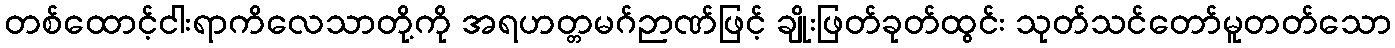
တစ်ထောင့်ငါးရာကိလေသာတို့ကို အရဟတ္တမဂ်ဉာဏ်ဖြင့် ချိုးဖြတ်ခုတ်ထွင်း သုတ်သင်တော်မူတတ်သော